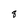
Character: 8